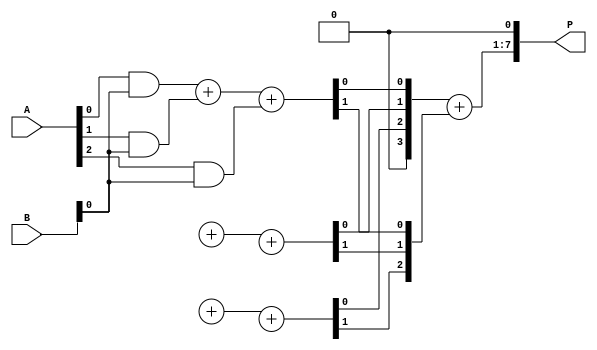
module WallaceTreeMultiplier #(parameter A_WIDTH = 4, B_WIDTH = 4)(
    input [A_WIDTH-1:0] A,
    input [B_WIDTH-1:0] B,
    output reg [2*A_WIDTH-1:0] P
);

    // Generate Partial Products
    wire [A_WIDTH * B_WIDTH - 1:0] partial_products [A_WIDTH-1:0];
    genvar i, j;
    generate
        for (i = 0; i < B_WIDTH; i = i + 1) begin : pp_gen
            for (j = 0; j < A_WIDTH; j = j + 1) begin : pp_bit
                assign partial_products[i][(i * A_WIDTH) + j] = A[j] & B[i];
            end
        end
    endgenerate

    // Wallace Tree Reduction
    wire [A_WIDTH * B_WIDTH - 1:0] sum;
    wire [A_WIDTH * B_WIDTH - 1:0] carry;

    // Full Adder and Half Adder instances
    wire [A_WIDTH * B_WIDTH - 1:0] fa_sum, fa_carry;
    wire [A_WIDTH * B_WIDTH - 1:0] ha_sum, ha_carry;

    // Example of a simple reduction stage (first level)
    generate
        for (i = 0; i < B_WIDTH - 1; i = i + 1) begin : reduction_stage
            assign {carry[i], sum[i]} = partial_products[i][0] + partial_products[i][1] + partial_products[i][2]; // Example of simple 3-input adder
        end
    endgenerate

    // Final summation
    wire [A_WIDTH * B_WIDTH - 1:0] final_sum;
    wire [A_WIDTH * B_WIDTH - 1:0] final_carry;

    // Use a simple adder to sum the remaining bits
    assign final_sum = sum + carry;

    // Output Register (Asynchronous Capture)
    reg [2*A_WIDTH-1:0] product;
    always @(*) begin
        product = {final_sum, 1'b0}; // Shift left for final product
    end

    // Assign output
    always @(product) begin
        P <= product;
    end

endmodule